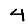
Digit: 4